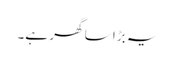
یہ بڑا سا گھر ہے۔